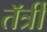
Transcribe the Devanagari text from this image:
तॅर्त्री